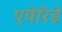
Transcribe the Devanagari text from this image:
एवेरिडे